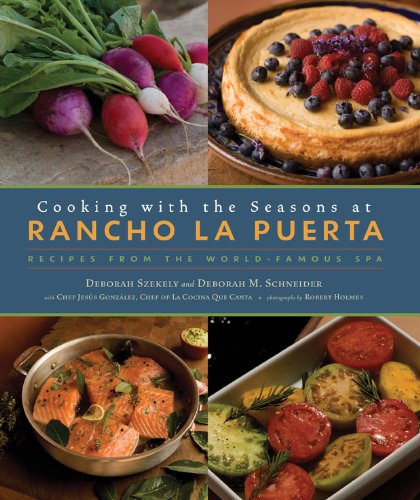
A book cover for Cooking with the Seasons at Rancho La Puerta: Recipes from the World-Famous Spa; Deborah Szekely; Cookbooks, Food & Wine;